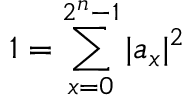
1 = \sum _ { x = 0 } ^ { 2 ^ { n } - 1 } | a _ { x } | ^ { 2 }